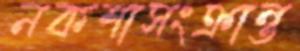
নকশাসংক্রান্ত